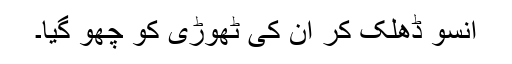
آنسو ڈھلک کر ان کی ٹھوڑی کو چھو گیا۔